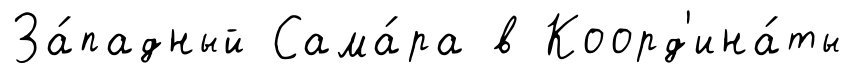
За́падный Сама́ра в Коорд'ина́ты